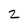
Character: 2